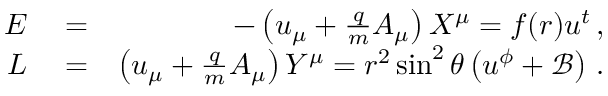
\begin{array} { r l r } { E } & { { } = } & { - \left( u _ { \mu } + \frac { q } { m } A _ { \mu } \right) X ^ { \mu } = f ( r ) u ^ { t } \, , } \\ { L } & { { } = } & { \left( u _ { \mu } + \frac { q } { m } A _ { \mu } \right) Y ^ { \mu } = r ^ { 2 } \sin ^ { 2 } \theta \left( u ^ { \phi } + \mathcal { B } \right) \, . } \end{array}